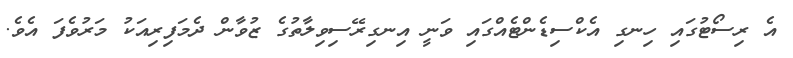
އެ ރިސޯޓުގައި ހިނގި އެކްސިޑެންޓެއްގައި ވަނީ އިނގިރޭސިވިލާތުގެ ޒުވާން ދެމަފިރިއަކު މަރުވެފަ އެވެ.